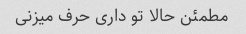
مطمئن حالا تو داری حرف میزنی